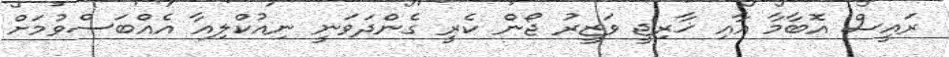
ރައީސް އޮބާމާ އާއި ޚާރިޖީ ވަޒީރު ޖޯން ކެރީ ގެންދަވަނީ ނިއުކްލިއާ އެއްބަސްވުމަށް